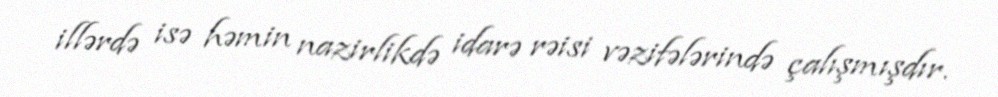
illərdə isə həmin nazirlikdə idarə rəisi vəzifələrində çalışmışdır.